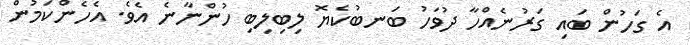
އެ ގަހުން ބައި ގަރުނެއްހާ ދުވަހު ބަނބުކެޔޮ ލިބިލިބި ހުންނާނެ އެވެ. އެހެންކަމުން